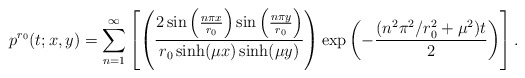
\begin{align*}p^{r_0}(t;x,y) = \sum_{n=1}^\infty \left[ \left(\frac{2 \sin\left(\frac{n \pi x}{r_0}\right) \sin\left(\frac{n \pi y}{r_0}\right) }{ r_0 \sinh (\mu x) \sinh (\mu y)}\right) \exp\left(-\frac{(n^2 \pi^2 / r_0^2 +\mu^2)t}{2} \right) \right].\end{align*}